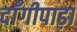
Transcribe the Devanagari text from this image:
दाँगीपाड़ा